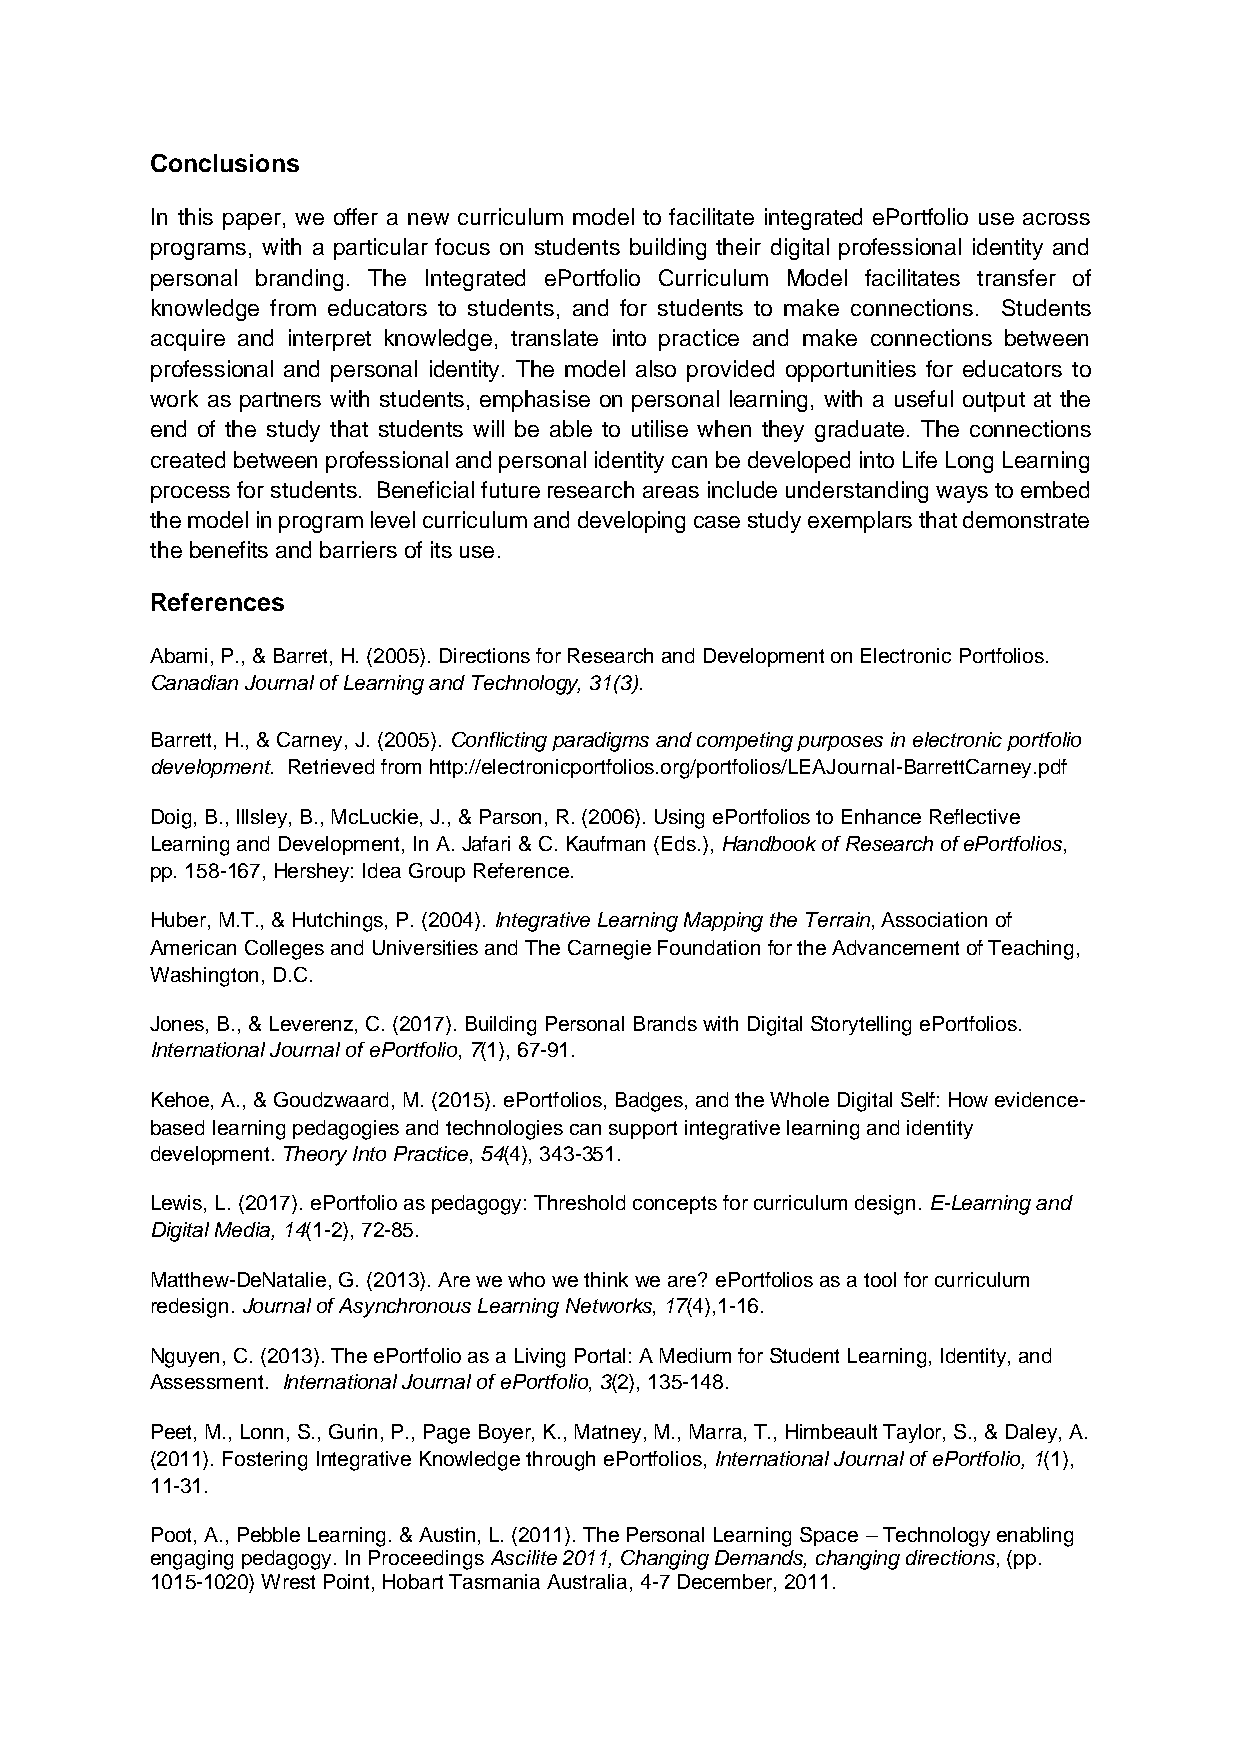
Conclusions
 In this paper, we offer a new curriculum model to facilitate integrated ePortfolio use across
 programs, with a particular focus on students building their digital professional identity and
 personal branding. The Integrated ePortfolio Curriculum Model facilitates transfer of
 knowledge from educators to students, and for students to make connections. Students
 acquire and interpret knowledge, translate into practice and make connections between
 professional and personal identity. The model also provided opportunities for educators to
 work as partners with students, emphasise on personal learning, with a useful output at the
 end of the study that students will be able to utilise when they graduate. The connections
 created between professional and personal identity can be developed into Life Long Learning
 process for students. Beneficial future research areas include understanding ways to embed
 the model in program level curriculum and developing case study exemplars that demonstrate
 the benefits and barriers of its use.
 References
 Abami, P., & Barret, H. (2005). Directions for Research and Development on Electronic Portfolios.
 Canadian Journal of Learning and Technology, 31(3).
 Barrett, H., & Carney, J. (2005). Conflicting paradigms and competing purposes in electronic portfolio
 development. Retrieved from http://electronicportfolios.org/portfolios/LEAJournal-BarrettCarney.pdf
 Doig, B., Illsley, B., McLuckie, J., & Parson, R. (2006). Using ePortfolios to Enhance Reflective
 Learning and Development, In A. Jafari & C. Kaufman (Eds.), Handbook of Research of ePortfolios,
 pp. 158-167, Hershey: Idea Group Reference.
 Huber, M.T., & Hutchings, P. (2004). Integrative Learning Mapping the Terrain, Association of
 American Colleges and Universities and The Carnegie Foundation for the Advancement of Teaching,
 Washington, D.C.
 Jones, B., & Leverenz, C. (2017). Building Personal Brands with Digital Storytelling ePortfolios.
 International Journal of ePortfolio, 7(1), 67-91.
 Kehoe, A., & Goudzwaard, M. (2015). ePortfolios, Badges, and the Whole Digital Self: How evidence-
 based learning pedagogies and technologies can support integrative learning and identity
 development. Theory Into Practice, 54(4), 343-351.
 Lewis, L. (2017). ePortfolio as pedagogy: Threshold concepts for curriculum design. E-Learning and
 Digital Media, 14(1-2), 72-85.
 Matthew-DeNatalie, G. (2013). Are we who we think we are? ePortfolios as a tool for curriculum
 redesign. Journal of Asynchronous Learning Networks, 17(4),1-16.
 Nguyen, C. (2013). The ePortfolio as a Living Portal: A Medium for Student Learning, Identity, and
 Assessment. International Journal of ePortfolio, 3(2), 135-148.
 Peet, M., Lonn, S., Gurin, P., Page Boyer, K., Matney, M., Marra, T., Himbeault Taylor, S., & Daley, A.
 (2011). Fostering Integrative Knowledge through ePortfolios, International Journal of ePortfolio, 1(1),
 11-31.
 Poot, A., Pebble Learning. & Austin, L. (2011). The Personal Learning Space – Technology enabling
 engaging pedagogy. In Proceedings Ascilite 2011, Changing Demands, changing directions, (pp.
 1015-1020) Wrest Point, Hobart Tasmania Australia, 4-7 December, 2011.